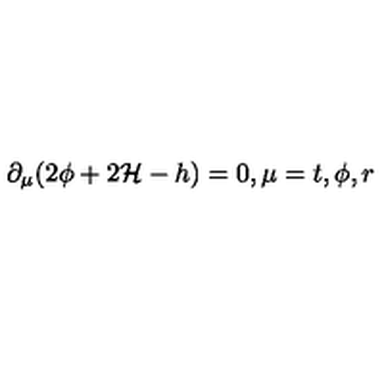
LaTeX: \partial _ { \mu } ( 2 \phi + 2 { \cal H } - h ) = 0 , \mu = t , \phi , r